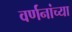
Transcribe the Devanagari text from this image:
वर्णनांच्या